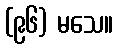
(၉၆) မသေ။